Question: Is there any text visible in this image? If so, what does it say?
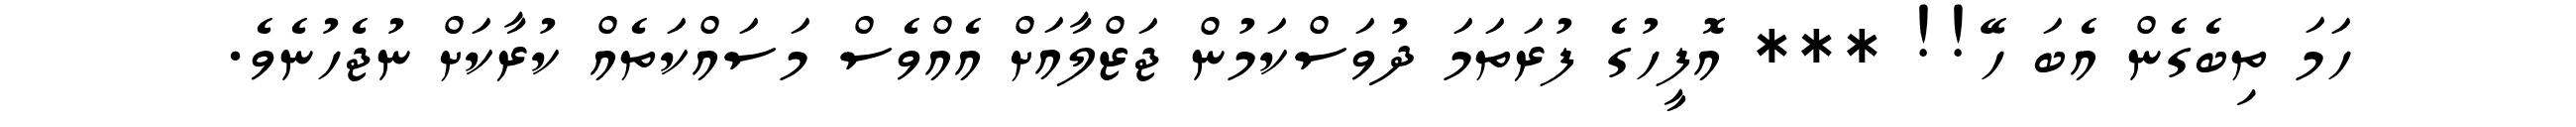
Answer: ހަމަ ތިބެގެން އެބަ ހޭ!! *** އޮފީހުގެ ފުރަތަމަ ދުވަސްކަމުން ޖަޒްލާއަށް އެއްވެސް މަސައްކަތެއް ކުރާކަށް ނުޖެހުނެވެ.